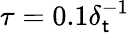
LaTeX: \tau=0.1\delta_{\mathsf{t}}^{-1}